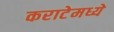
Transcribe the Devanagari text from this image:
कराटेमध्ये